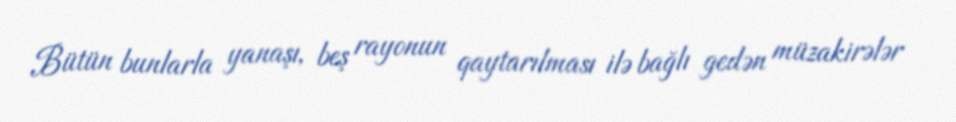
Bütün bunlarla yanaşı, beş rayonun qaytarılması ilə bağlı gedən müzakirələr